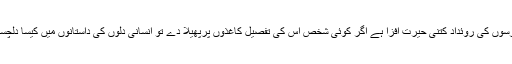
آہ ان سات برسوں کی روئداد کتنی حیرت افزا ہے اگر کوئی شخص اس کی تفصیل کاغذوں پرپھیلا دے تو انسانی دلوں کی داستانوں میں کیسا دلچسپ اضافہ ہو۔